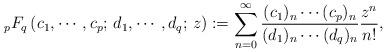
LaTeX: \begin{align*}{}_pF_q \left( c_1, \cdots, c_p;\, d_1, \cdots, d_q;\, z \right):= \sum_{n=0}^{\infty} \frac{(c_1)_n \cdots (c_p)_n}{(d_1)_n\cdots (d_q)_n} \frac{z^n}{n!},\end{align*}